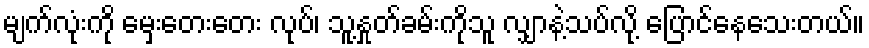
မျက်လုံးကို မှေးတေးတေး လုပ်၊ သူ့နှုတ်ခမ်းကိုသူ လျှာနဲ့သပ်လို့ ပြောင်နေသေးတယ်။